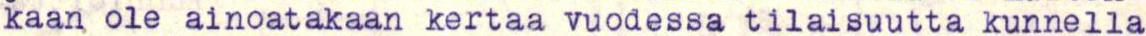
kaan ole ainoatakaan kertaa vuodessa tilaisuutta kunnella